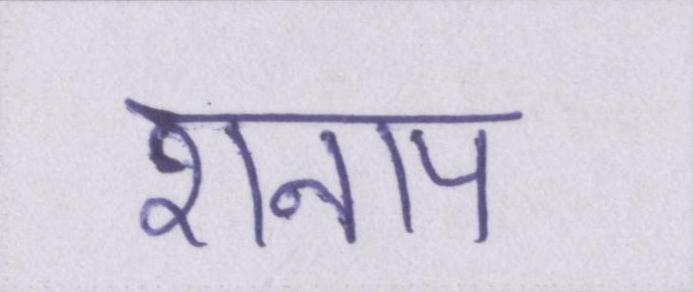
शनाप